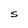
Character: S